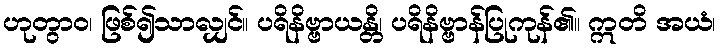
ဟုတွာဝ၊ ဖြစ်၍သာလျှင်။ ပရိနိဗ္ဗာယန္တိ၊ ပရိနိဗ္ဗာန်ပြုကုန်၏။ ဣတိ အယံ၊